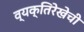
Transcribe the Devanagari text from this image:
व्यक्तिरेखेची